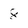
Character: 8